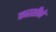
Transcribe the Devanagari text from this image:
फरशीने